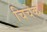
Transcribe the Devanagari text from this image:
चिचेक